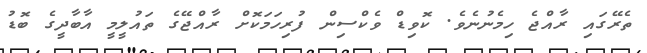
ތެެރޭގައި ރާއްޖެ ހިމެނުނެވެ. ކޮވިޑް ވެކްސިން ފުރިހަމަކޮށް ރާއްޖޭގެ ތައުލީމީ އާބާދީގެ ބޮޑު